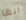
انها